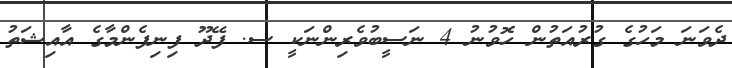
ދެވަނަ މަހުގެ ގުރުއަތުން ހޮވުނު 4 ނަސީބުވެރިންނަކީ ސ. ފޭދޫ ފިނިފެންމާގެ އާއިޝަތު